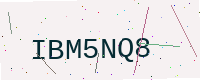
Text: IBM5NQ8